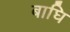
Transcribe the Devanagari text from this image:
बाघि